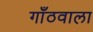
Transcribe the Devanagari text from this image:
गाँठवाला